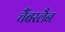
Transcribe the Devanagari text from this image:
चैंबरलैन